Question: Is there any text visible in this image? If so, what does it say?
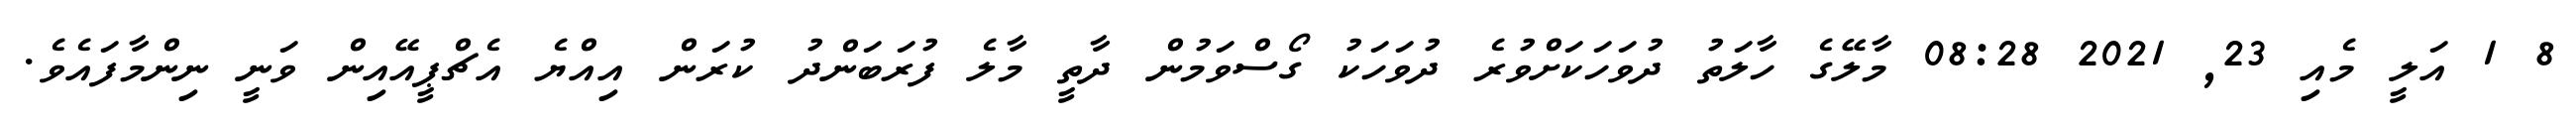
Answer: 8 1 އަލީ މެއި 23, 2021 08:28 މާލޭގެ ހާލަތު ދުވަހަކަށްވުރެ ދުވަހަކު ގޯސްވަމުން ދާތީ މާލެ ފުރަބަންދު ކުރަން އިއްޔެ އެޗްޕީއޭއިން ވަނީ ނިންމާފައެވެ.